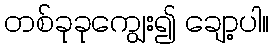
တစ်ခုခုကျွေး၍ ချော့ပါ။